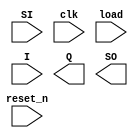
`timescale 1ns / 1ps
//////////////////////////////////////////////////////////////////////////////////
// Company: 
// Engineer: 
// 
// Design Name: 
// Module Name: shift_register_load
// Project Name: 
// Target Devices: 
// Tool Versions: 
// Description: 
// 
// Dependencies: 
// 
// Revision:
// Revision 0.01 - File Created
// Additional Comments:
// 
//////////////////////////////////////////////////////////////////////////////////


module shift_register_load
#(parameter N = 4)(
    input SI,        //serial input
    input clk,
    input load,
    input [N-1:0] I,
    input reset_n,      // ones it is triggered the FF goes off regardless of the clk (asynchronous)
    output [N-1:0] Q,   // if we care about the whole output (all 4 bits)
    output SO         //serial output (the last bit in shifting)
    );
    reg [N-1:0] Q_reg , Q_next;
    
    
    always @(posedge clk, negedge reset_n)
    begin
        if (!reset_n)
             Q_reg <= 1'b0;
        else
             Q_reg <= Q_next ;
    end
    
    always @(SI,Q_reg) 
    begin
        if (load)
             Q_next = I;
        else
             Q_next = {SI,Q_reg[N-1:1]};     // for shifting right, {} are used in verilog for concatenation ,, 
                                         //SI starts at the MSB position and moves towards the LSB position with each subsequent right shift operation in the shift register
         // Q_next = {Q_reg[N-2:0],SI};  // for shifting left    
    end
endmodule